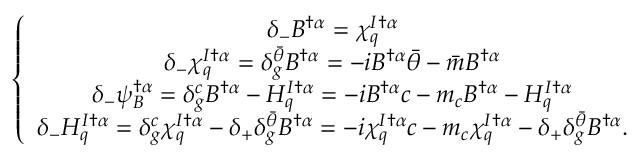
\left\{ \begin{array} { c } { { \delta _ { - } B ^ { \dagger \alpha } = \chi _ { q } ^ { I \dagger \alpha } } } \\ { { \delta _ { - } \chi _ { q } ^ { I \dagger \alpha } = \delta _ { g } ^ { \bar { \theta } } B ^ { \dagger \alpha } = - i B ^ { \dagger \alpha } { \bar { \theta } } - { \bar { m } } B ^ { \dagger \alpha } } } \\ { { \delta _ { - } \psi _ { B } ^ { \dagger \alpha } = \delta _ { g } ^ { c } B ^ { \dagger \alpha } - H _ { q } ^ { I \dagger \alpha } = - i B ^ { \dagger \alpha } c - m _ { c } B ^ { \dagger \alpha } - H _ { q } ^ { I \dagger \alpha } } } \\ { { \delta _ { - } H _ { q } ^ { I \dagger \alpha } = \delta _ { g } ^ { c } \chi _ { q } ^ { I \dagger \alpha } - \delta _ { + } \delta _ { g } ^ { \bar { \theta } } B ^ { \dagger \alpha } = - i \chi _ { q } ^ { I \dagger \alpha } c - m _ { c } \chi _ { q } ^ { I \dagger \alpha } - \delta _ { + } \delta _ { g } ^ { \bar { \theta } } B ^ { \dagger \alpha } . } } \end{array} \right.